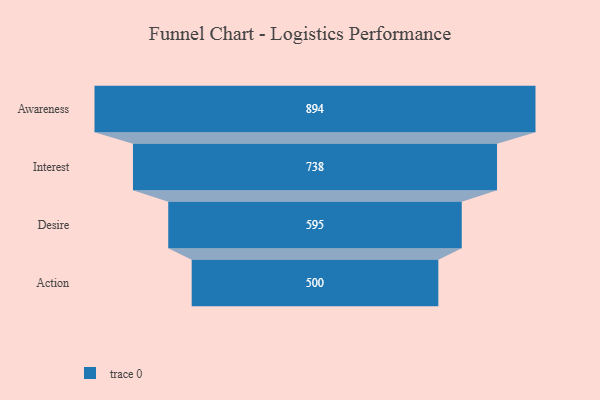
{"axis": {"x": "Stage", "y": "Value"}, "legend": [""], "data": [{"x": "Awareness", "y": 894.0, "type": ""}, {"x": "Interest", "y": 738.0, "type": ""}, {"x": "Desire", "y": 595.0, "type": ""}, {"x": "Action", "y": 500, "type": ""}]}